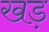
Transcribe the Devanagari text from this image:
खड़